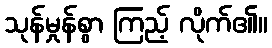
သုန်မှုန်စွာ ကြည့် လိုက်၏။